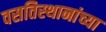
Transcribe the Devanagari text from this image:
वसतिस्थानांच्या